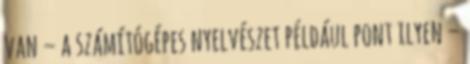
van – a számítógépes nyelvészet például pont ilyen –